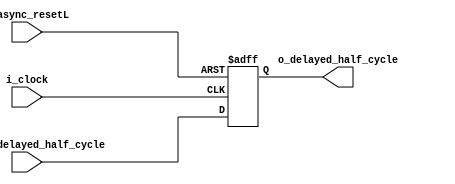
module half_cycle_delayer(
    input i_clock,
    input i_async_resetL,
    input i_to_be_delayed_half_cycle,
    output reg o_delayed_half_cycle
);
    always @(negedge i_clock or negedge i_async_resetL) begin
        if (~i_async_resetL) o_delayed_half_cycle <= 0;
        else o_delayed_half_cycle <= i_to_be_delayed_half_cycle;
    end
endmodule